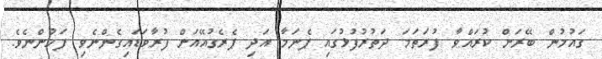
ގައުމުން ބޭރަށް ކުރައްވާ ފުރަތަމަ ދަތުރުފުޅުގައި ޕެނަމާ އަދި ޕެރެގުއޭއަށް ފުރާވަޑައިގެންނެވި ފަހުންނެވެ.